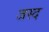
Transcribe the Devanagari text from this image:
जस्द